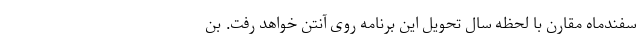
سفندماه مقارن با لحظه سال تحویل این برنامه روی آنتن خواهد رفت. بن